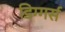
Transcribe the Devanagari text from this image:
डिग्गर्स